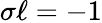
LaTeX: \sigma\ell=-1